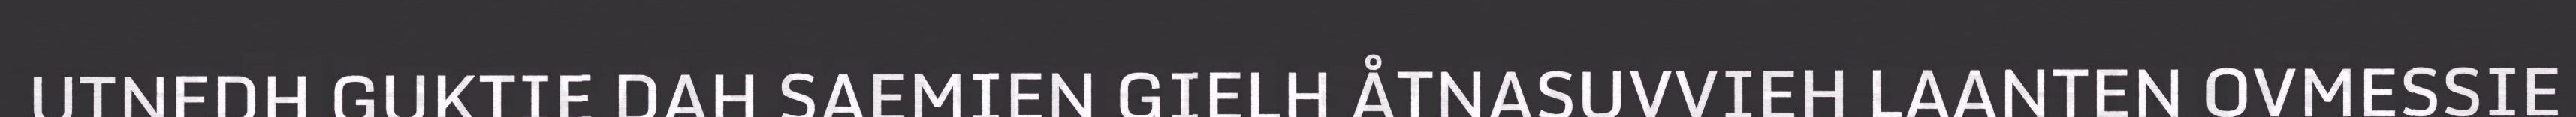
UTNEDH GUKTIE DAH SAEMIEN GIELH ÅTNASUVVIEH LAANTEN OVMESSIE